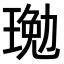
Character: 𤧔